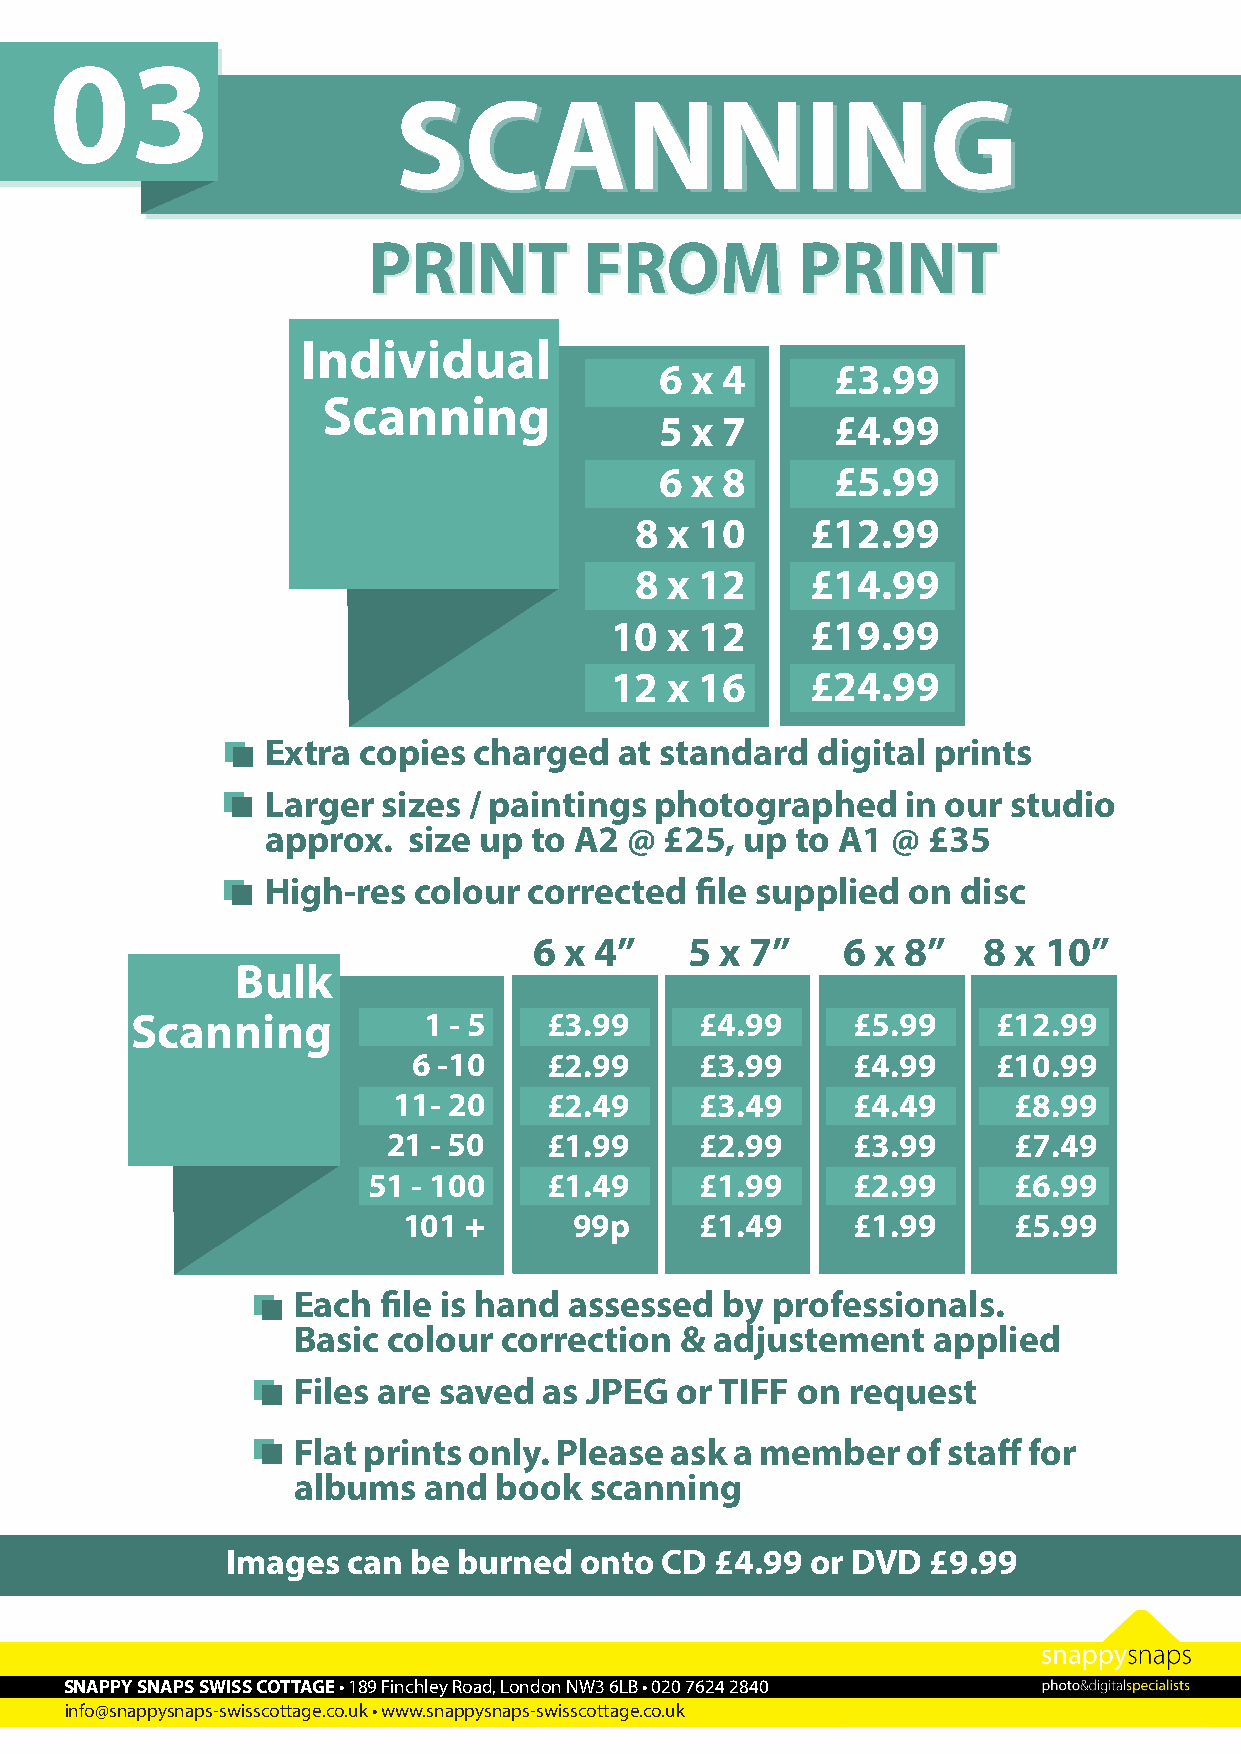
03
 SSCCAANNNNIINNGG
 PPRRIINNTT     FFRROOMM      PPRRIINNTT
 Individual
 6 x 4      £3.99
 Scanning
 5 x 7      £4.99
 6 x 8      £5.99
 8 x 10      £12.99
 8 x 12      £14.99
 10  x 12      £19.99
 12  x 16      £24.99
 Extra copies charged   at standard  digital prints
 Larger sizes / paintings photographed     in our studio
 approx.  size up to A2  @ £25, up  to A1 @ £35
 High-res colour  corrected  file supplied on  disc
 6 x 4”    5  x 7”    6 x 8”   8 x 10”
 Bulk
 Scanning           1 - 5   £3.99     £4.99     £5.99     £12.99
 6 -10    £2.99     £3.99     £4.99     £10.99
 11- 20    £2.49     £3.49     £4.49      £8.99
 21 - 50   £1.99     £2.99     £3.99      £7.49
 51 - 100    £1.49     £1.99     £2.99      £6.99
 101 +      99p     £1.49     £1.99      £5.99
 Each  file is hand assessed  by professionals.
 Basic  colour correction  & adjustement    applied
 Files are saved  as JPEG  or TIFF on request
 Flat prints only. Please ask  a member   of staff for
 albums   and  book  scanning
 Images  can be burned  onto  CD £4.99  or DVD  £9.99
 SNAPPY SNAPS SWISS COTTAGE • 189 Finchley Road, London NW3 6LB • 020 7624 2840
 info@snappysnaps-swisscottage.co.uk • www.snappysnaps-swisscottage.co.uk